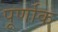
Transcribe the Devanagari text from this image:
पूर्णाक